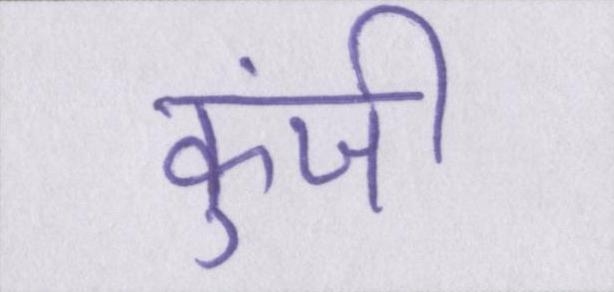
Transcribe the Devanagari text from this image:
कुंजी